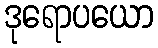
ဒုရောပယော